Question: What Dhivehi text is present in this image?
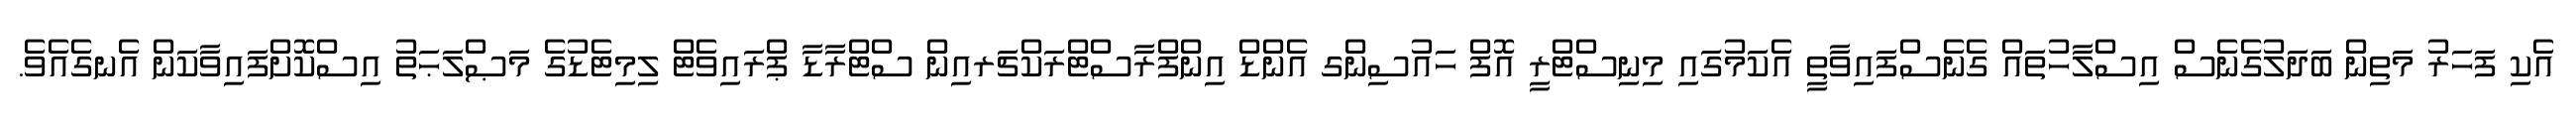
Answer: އެކި ފަހަރު މަތިން ބަދަލުގެނެސް އިސްލާހުތައް ގެނެސްފައިވާތީ އެކަމުގައި މިނިސްޓްރީ އޮފް ހައުސިންގ އެންޑް އިންފްރާސްޓްރަކްޗަރއިން ސްޓްރާޑާ ޕްރައިވެޓް ލިމިޓެޑުގެ މަޞްލަޙަތު އިސްކޮށްފައިވާކަން އެނގެއެވެ.